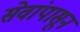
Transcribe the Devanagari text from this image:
सेवांपासून